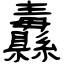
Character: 纛